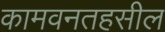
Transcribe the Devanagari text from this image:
कामवनतहसील